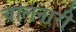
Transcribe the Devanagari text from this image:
चालनारी